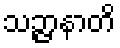
သဉ္ဇာနာတိ